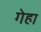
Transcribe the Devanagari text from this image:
गेहा